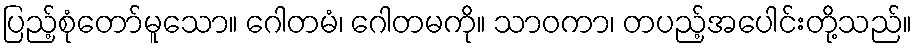
ပြည့်စုံတော်မူသော။ ဂေါတမံ၊ ဂေါတမကို။ သာဝကာ၊ တပည့်အပေါင်းတို့သည်။